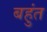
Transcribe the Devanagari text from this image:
बहुंत